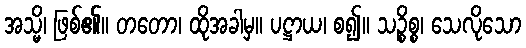
အသ္မိ၊ ဖြစ်၏။ တတော၊ ထိုအခါမှ။ ပဋ္ဌာယ၊ စ၍။ သဉ္စိစ္စ၊ သေလိုသော